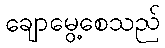
ချောမွေ့စေသည်